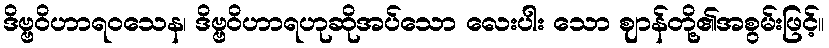
ဒိဗ္ဗဝိဟာရဝသေန၊ ဒိဗ္ဗဝိဟာရဟုဆိုအပ်သော လေးပါး သော ဈာန်တို့၏အစွမ်းဖြင့်။